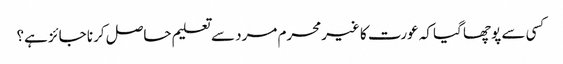
کسی سے پوچھا گیا کہ عورت کا غیرمحرم مرد سے تعلیم حاصل کرنا جائز ہے؟